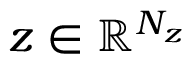
z \in \mathbb { R } ^ { N _ { z } }